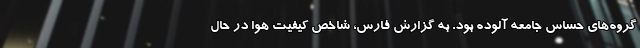
گروه‌های حساس جامعه آلوده بود. به گزارش فارس، شاخص کیفیت هوا در حال